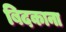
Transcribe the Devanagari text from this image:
बिदकाना